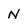
Character: N